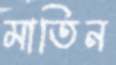
মাতিন